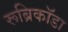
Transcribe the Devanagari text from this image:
रूब्रिकॉडा